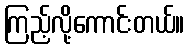
ကြည့်လို့ကောင်းတယ်။